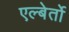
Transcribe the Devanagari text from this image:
एल्बेर्तो